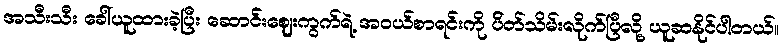
အသီးသီး ခေါ်ယူထားခဲ့ပြီး ဆောင်းဈေးကွက်ရဲ့ အဝယ်စာရင်းကို ပ်ိတ်သိမ်းလိုက်ပြီလို့ ယူဆနိုင်ပါတယ်။